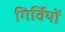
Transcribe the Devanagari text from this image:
गिर्वियों